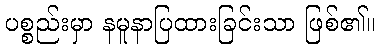
ပစ္စည်းမှာ နမူနာပြထားခြင်းသာ ဖြစ်၏။